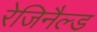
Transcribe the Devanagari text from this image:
रेजिनैल्ड